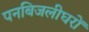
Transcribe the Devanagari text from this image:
पनबिजलीघरों